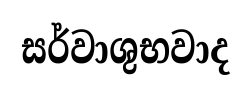
සර්වාශුභවාද